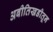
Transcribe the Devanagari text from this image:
अबीतिखडीतून